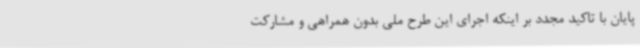
پایان با تاکید مجدد بر اینکه اجرای این طرح ملی بدون همراهی و مشارکت